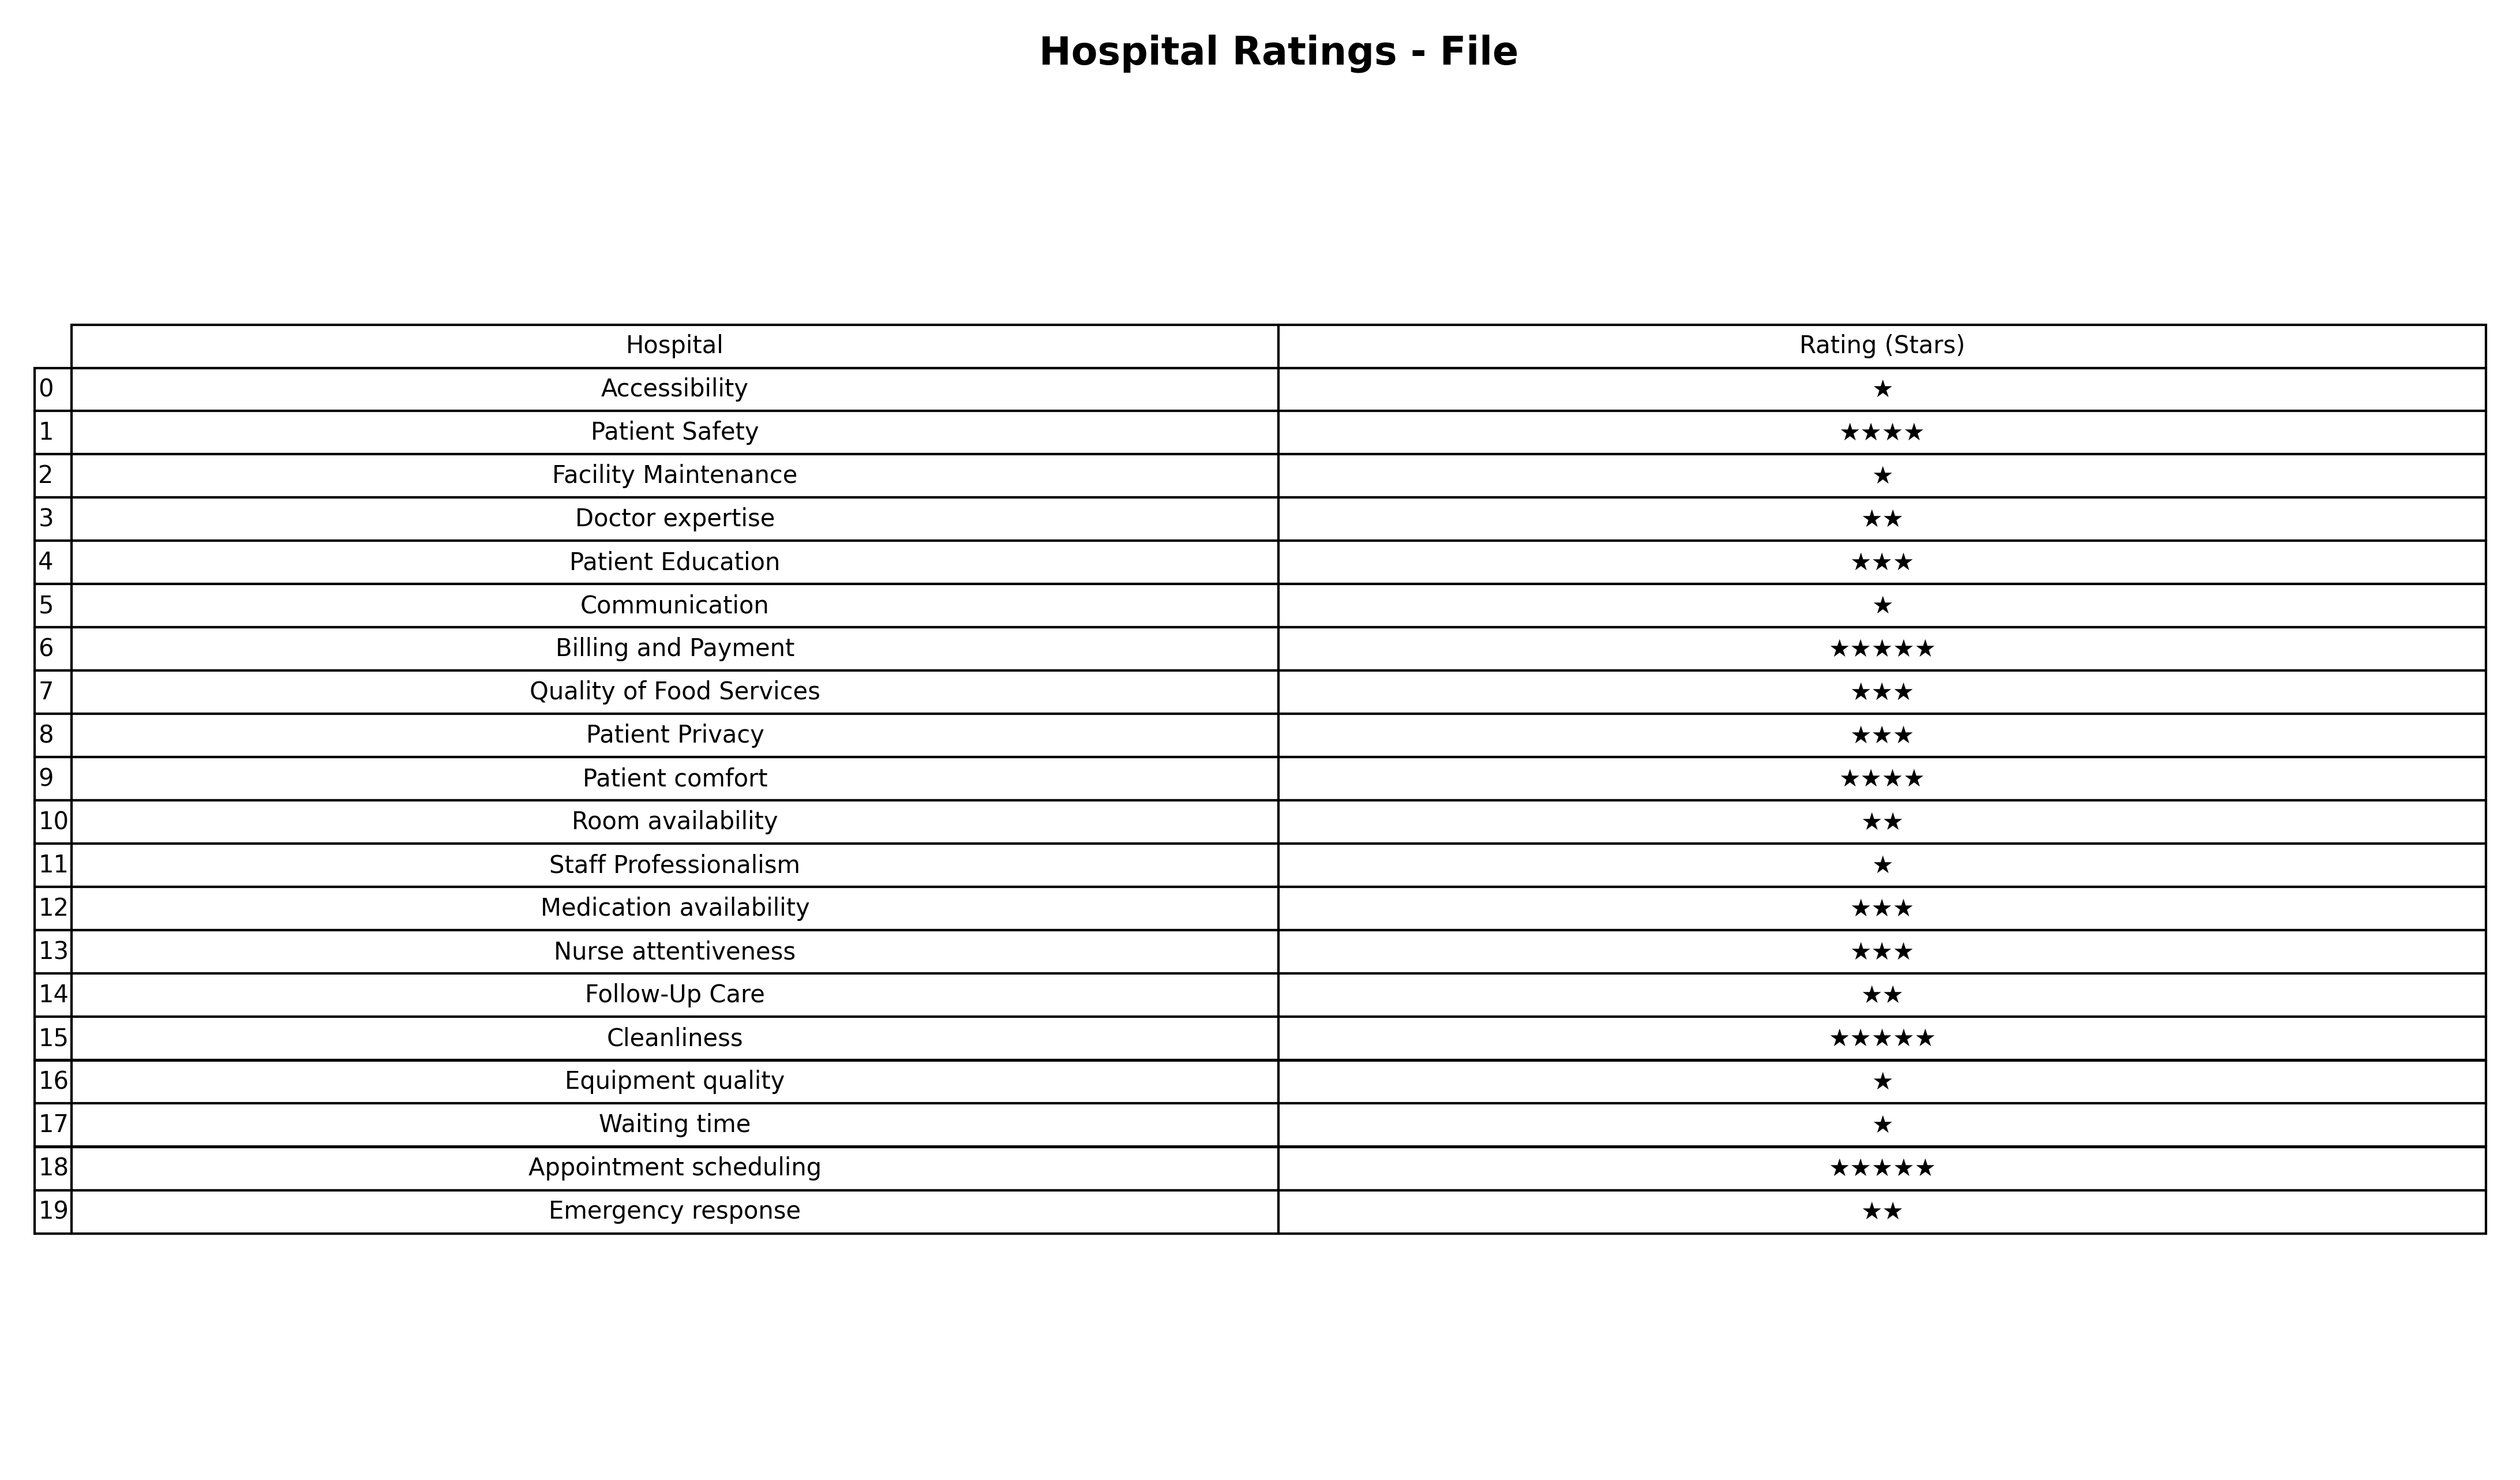
question: What are highest rating services?
answer: AccessibilityFacility MaintenanceCommunicationStaff ProfessionalismEquipment qualityWaiting time